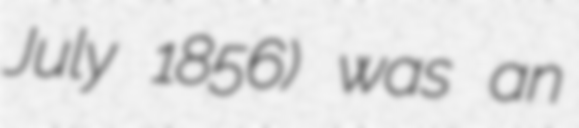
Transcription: July 1856) was an